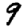
Digit: 9